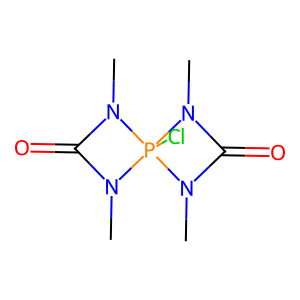
SMILES: CN1C(=O)N(C)P12(Cl)N(C)C(=O)N2C
Inhibits HIV replication: No